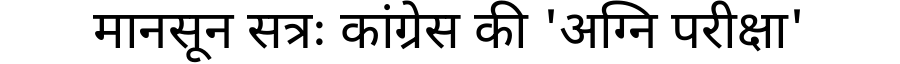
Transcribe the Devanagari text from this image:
मानसून सत्रः कांग्रेस की 'अग्नि परीक्षा'